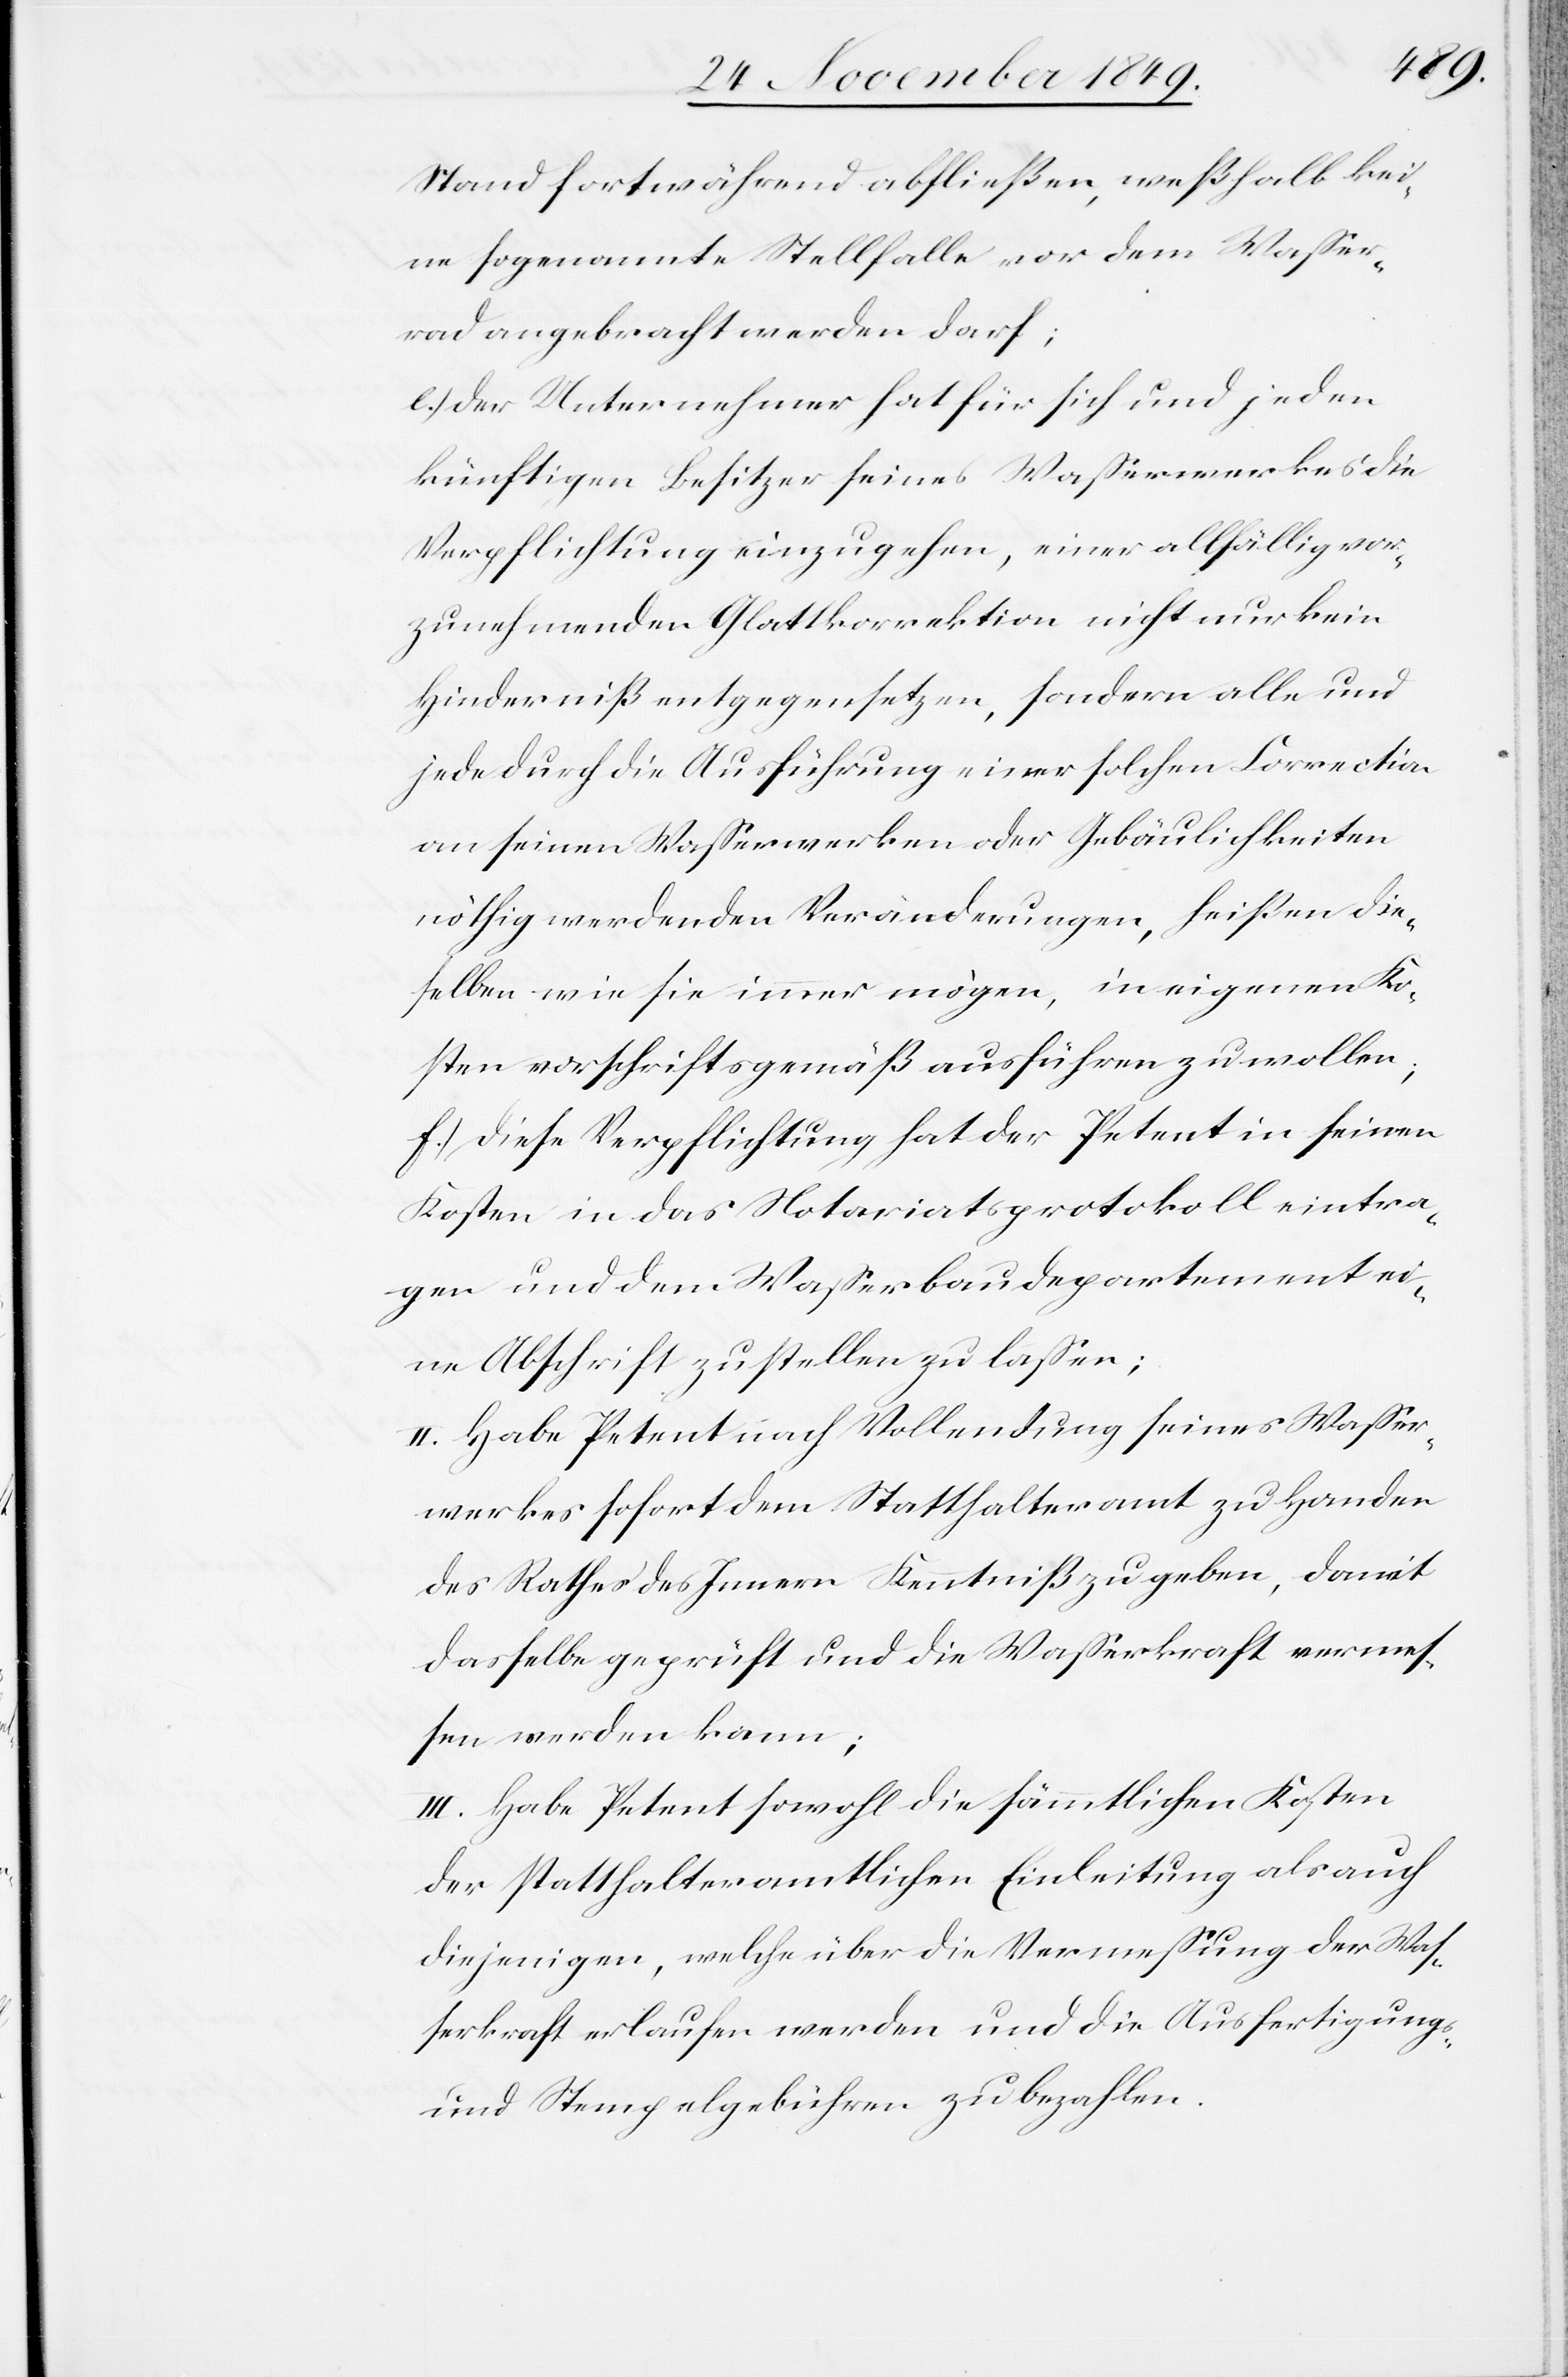
Stand fortwährend abfließen, weßhalb kei¬
ne sogenannte Stellfalle vor dem Waßer¬
rad angebracht werden darf;
e.) Der Unternehmer hat für sich und jeden
künftigen Besitzer seines Waßerwerkes die
Verpflichtung einzugehen, einer allfällig vor¬
zunehmenden Glattkorrektion nicht nur kein
Hinderniß entgegensetzen, sondern alle und
jede durch die Ausführung einer solchen Correction
an seinen Waßerwerken oder Gebäulichkeiten
nöthig werdenden Veränderungen, heißen die¬
selben wie sie immer mögen, in eigenen Ko¬
sten vorschriftsgemäß ausführen zu wollen;
f.) diese Verpflichtung hat der Petent in seinen
Kosten in das Notariatsprotokoll eintra¬
gen und dem Waßerbaudepartement ei¬
ne Abschrift zustellen zu laßen;
II. Habe Petent nach Vollendung seines Waßer¬
werkes sofort dem Statthalteramt zu Handen
des Rathes des Innern Kenntniß zu geben, damit
dasselbe geprüft und die Waßerkraft vermes¬
sen werden kann;
III. Habe Petent sowohl die sämmtlichen Kosten
der statthalteramtlichen Einleitung als auch
diejenigen, welche über die Vermeßung der Waß¬
erkraft erlaufen werden und die Ausfertigungs
und Stempelgebühren zu bezahlen.